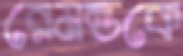
রেমন্ডকে